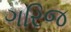
ગરિજ